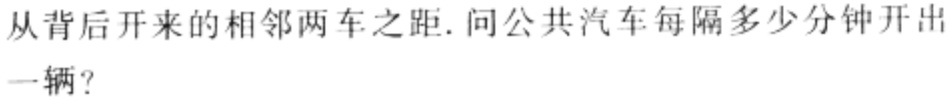
从背后开来的相邻两车之距.问公共汽车每隔多少分钟开出一辆?